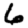
Digit: 6